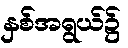
နှစ်အရွယ်၌